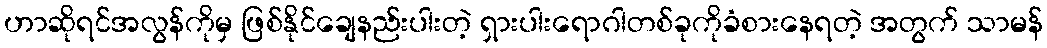
ဟာဆိုရင်အလွန်ကိုမှ ဖြစ်နိုင်ချေနည်းပါးတဲ့ ရှားပါးရောဂါတစ်ခုကိုခံစားနေရတဲ့ အတွက် သာမန်